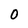
Character: 0